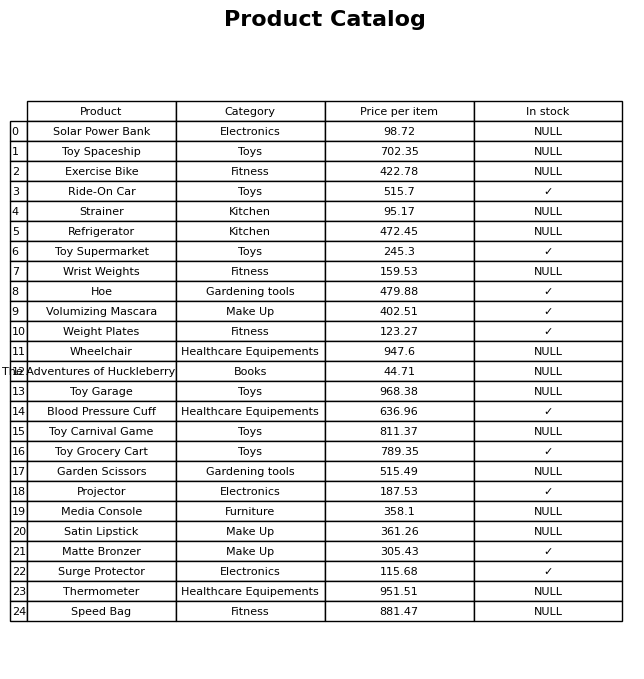
question: Which products are available in stock?
answer: Ride-On Car, Toy Supermarket, Hoe, Volumizing Mascara, Weight Plates, Blood Pressure Cuff, Toy Grocery Cart, Projector, Matte Bronzer, Surge Protector